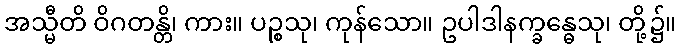
အသ္မီတိ ဝိဂတန္တိ၊ ကား။ ပဉ္စသု၊ ကုန်သော။ ဥပါဒါနက္ခန္ဓေသု၊ တို့၌။